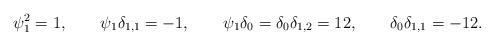
LaTeX: \begin{align*}\psi_1^2 &= 1, & \psi_1\delta_{1,1} &=-1, & \psi_1\delta_0 = \delta_0\delta_{1,2} &=12, & \delta_0\delta_{1,1} &= -12.\end{align*}